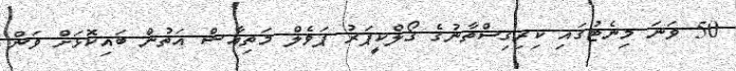
50 ވަނަ މިނެޓުގައި ކިރިގިސްތާނުގެ ގޯލްކީޕަރު ޕަވެލް މަތިއާޝް އަތުން ބައިކޮޅަށް ވަން